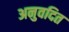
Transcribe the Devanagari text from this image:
अनुवदित